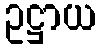
ဥဋ္ဌာယ